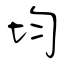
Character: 均